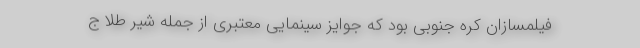
فیلمسازان کره جنوبی بود که جوایز سینمایی معتبری از جمله شیر طلا ج